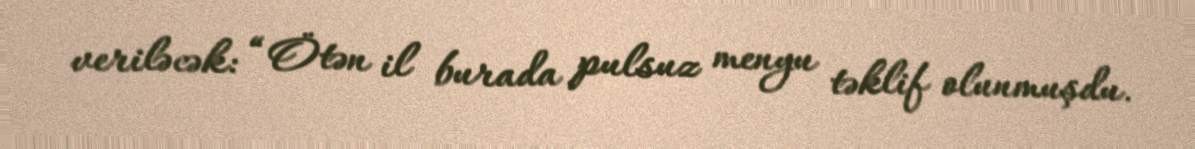
veriləcək: “Ötən il burada pulsuz menyu təklif olunmuşdu.